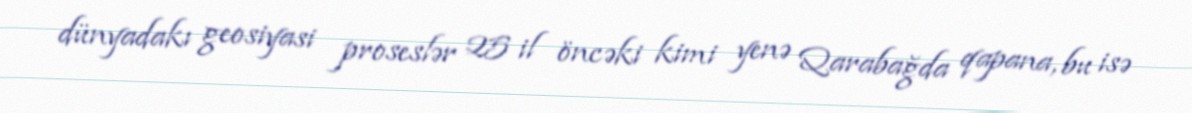
dünyadakı geosiyasi proseslər 25 il öncəki kimi yenə Qarabağda qapana, bu isə